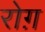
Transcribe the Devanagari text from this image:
रोग़